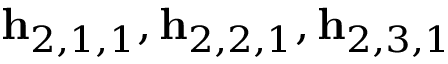
\mathbf { h } _ { 2 , 1 , 1 } , \mathbf { h } _ { 2 , 2 , 1 } , \mathbf { h } _ { 2 , 3 , 1 }